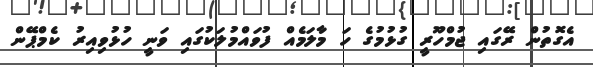
އެގޮތުން ރޭގައި ޖުމްހޫރީ ގުޅުމުގެ ހަ މާލަމެއް ފުވައްމުލަކުގައި ވަނީ ހުޅުވިއިރު ކެމްޕޭން